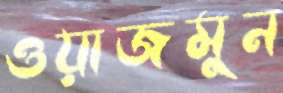
ওয়াজমুন